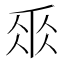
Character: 𠂹